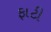
ફાટી